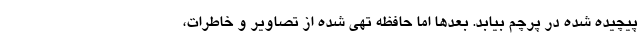
پیچیده شده در پرچم بیابد. بعدها اما حافظه تهی شده از تصاویر و خاطرات،